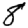
Digit: 8